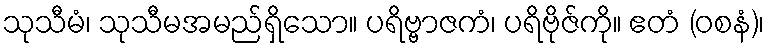
သုသီမံ၊ သုသီမအမည်ရှိသော။ ပရိဗ္ဗာဇကံ၊ ပရိဗိုဇ်ကို။ ဧတံ (ဝစနံ)၊